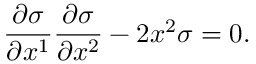
{ \frac { \partial \sigma } { \partial x ^ { 1 } } } { \frac { \partial \sigma } { \partial x ^ { 2 } } } - 2 x ^ { 2 } \sigma = 0 .